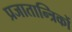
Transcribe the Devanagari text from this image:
प्रजातान्त्रिकों